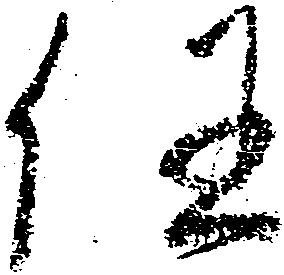
任